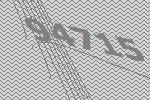
94715